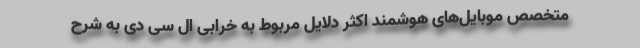
متخصص موبایل‌های هوشمند اکثر دلایل مربوط به خرابی ال سی دی به شرح